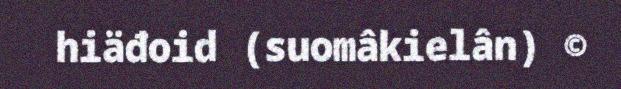
hiäđoid (suomâkielân) ©